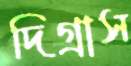
দিগ্রাস